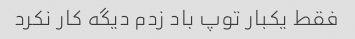
فقط یکبار توپ باد زدم دیگه کار نکرد